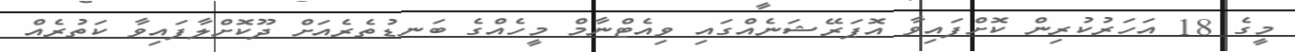
މީގެ 18 އަހަރުކުރިން ކޮށްފައިވާ އޮޕަރޭޝަނެއްގައި ވިއެޓްނާމް މީހެއްގެ ބަނޑުތެރެއަށް ދޫކޮށްލާފައިވާ ކަތުރެއް